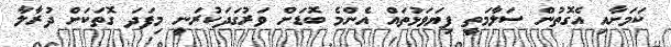
ކަމަށާއި އެގޮތުން ސަލާމަތީ ފިޔަވަޅުތައް އެންމެ ބޮޑަށް ވަރުގަދަކުރަނީ މިފަދަ ގޮތަކަށް ދުރާލާ